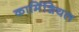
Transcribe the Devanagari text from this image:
कार्मिशियल